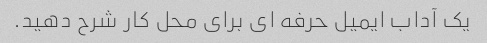
یک آداب ایمیل حرفه ای برای محل کار شرح دهید.